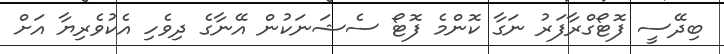
ބިދޭސީ ފޮޓޯގްރާފަރު ނަގާ ކޮންމެ ފޮޓޯ ސެޝަނަކުން އޭނާގެ ދިވެހި އެކުވެރިޔާ އަށް